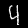
Digit: 4